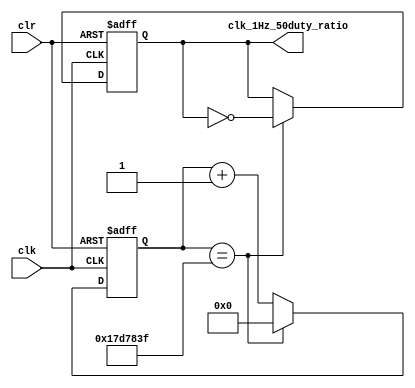
`timescale 1ns / 1ps
//////////////////////////////////////////////////////////////////////////////////
// Company: 
// Engineer: 
// 
// Design Name: 
// Module Name: freq_divide
// Project Name: 
// Target Devices: 
// Tool Versions: 
// Description: 
// 
// Dependencies: 
// 
// Revision:
// Revision 0.01 - File Created
// Additional Comments:
// 
//////////////////////////////////////////////////////////////////////////////////


module freq_1Hz_50duty_ration #(parameter count_jump=25'd24_999_999)
(
    input clk,  //50MHz
    input clr,
    output reg clk_1Hz_50duty_ratio

    );

    reg [24:0] count_1Hz;

    always @(posedge clk or negedge clr) begin
        if(clr==0) begin
            count_1Hz<=0;
            clk_1Hz_50duty_ratio<=0;
        end
        else begin
            if(count_1Hz==count_jump) begin
                count_1Hz<=0;
                clk_1Hz_50duty_ratio<=~clk_1Hz_50duty_ratio;
            end
            else begin
                count_1Hz<=count_1Hz+1;
            end
        end
    end


endmodule